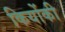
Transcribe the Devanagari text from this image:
कियोंकी